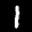
Label: 1